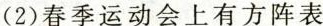
(2)春季运动会上有方阵表